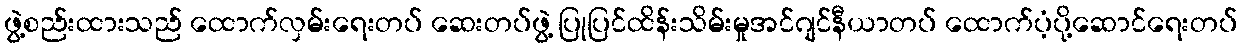
ဖွဲ့စည်းထားသည် ထောက်လှမ်းရေးတပ် ဆေးတပ်ဖွဲ့ ပြုပြင်ထိန်းသိမ်းမှုအင်ဂျင်နီယာတပ် ထောက်ပံ့ပို့ဆောင်ရေးတပ်